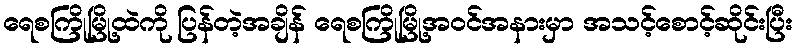
ရေစကြိုမြို့ထဲကို ပြန်တဲ့အချိန် ရေစကြိုမြို့အဝင်အနားမှာ အသင့်စောင့်ဆိုင်းပြီး